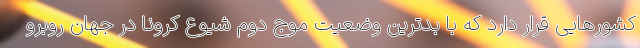
کشورهایی قرار دارد که با بدترین وضعیت موج دوم شیوع کرونا در جهان روبرو